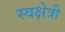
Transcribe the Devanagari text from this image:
स्वक्षेत्री